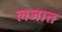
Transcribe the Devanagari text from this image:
लजात